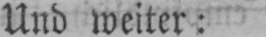
Und weiter: